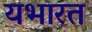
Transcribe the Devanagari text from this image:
यभारत